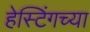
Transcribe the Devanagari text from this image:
हेस्टिंगच्या